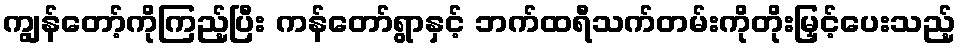
ကျွန်တော့်ကိုကြည့်ပြီး ကန်တော်ရွာနှင့် ဘက်ထရီသက်တမ်းကိုတိုးမြှင့်ပေးသည့်